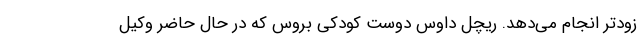
زودتر انجام می‌دهد. ریچل داوس دوست کودکی بروس که در حال حاضر وکیل